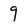
Character: 9